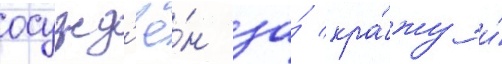
осужд'ё́н за́ кра́жу и́